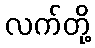
လက်တို့